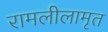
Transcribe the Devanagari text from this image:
रामलीलामृत